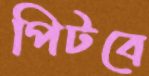
পিটবে